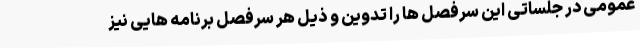
عمومی در جلساتی این سرفصل ها را تدوین و ذیل هر سرفصل برنامه هایی نیز